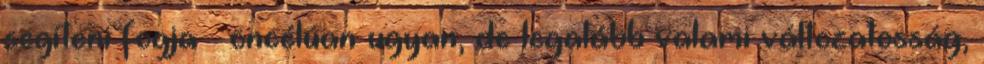
segíteni fogja – öncélúan ugyan, de legalább valami változatosság,